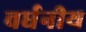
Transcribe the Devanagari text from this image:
वर्धनीय